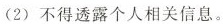
(2)不得透露个人相关信息。